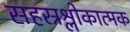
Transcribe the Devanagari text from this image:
सहस्रश्लोकात्मक